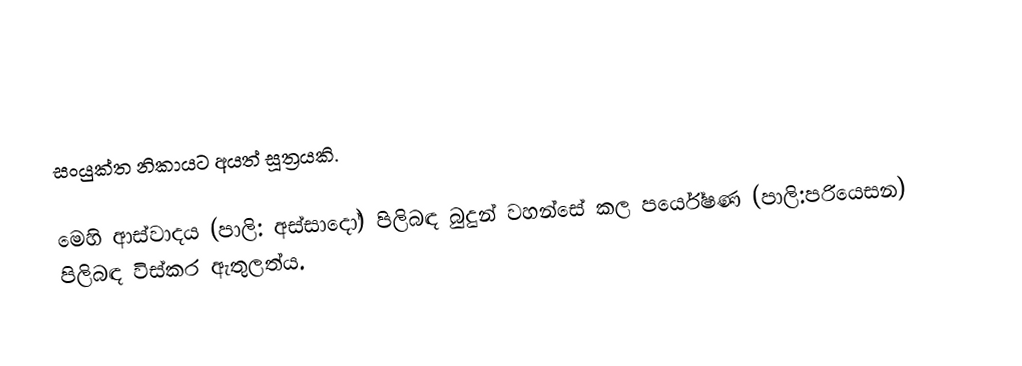
සංයුක්ත නිකායට අයත් සූත්‍රයකි.

මෙහි ආස්වාදය (පාලි: අස්සාදෝ) පිලිබඳ බුදුන් වහන්සේ කල  පර්යේෂණ (පාලි:පරියෙසන) පිලිබඳ විස්කර ඇතුලත්ය.